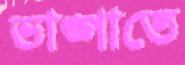
ভাঙ্গাতে